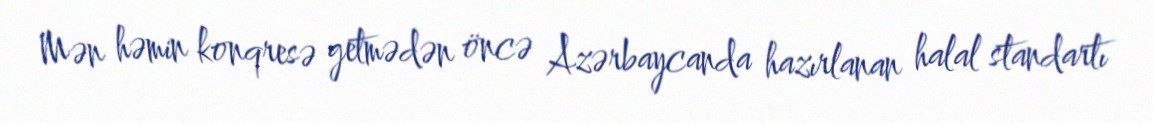
Mən həmin konqresə getmədən öncə Azərbaycanda hazırlanan halal standartı